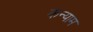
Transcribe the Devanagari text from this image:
कन्याम